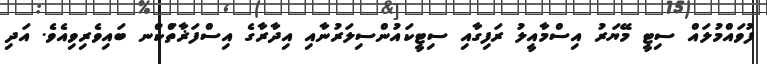
ފުވައްމުލައް ސިޓީ މޭޔަރު އިސްމާއީލު ރަފިގާއި ސިޓީކައުންސިލަރުނާއި އިދާރާގެ އިސްފަޜާތްަކުްނ ބައިވެރިވިއެވެ. އަދި